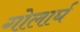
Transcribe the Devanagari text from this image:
गोलार्घ